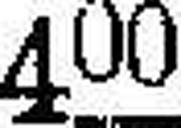
400